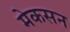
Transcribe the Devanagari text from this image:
मेकसन